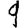
Digit: 9